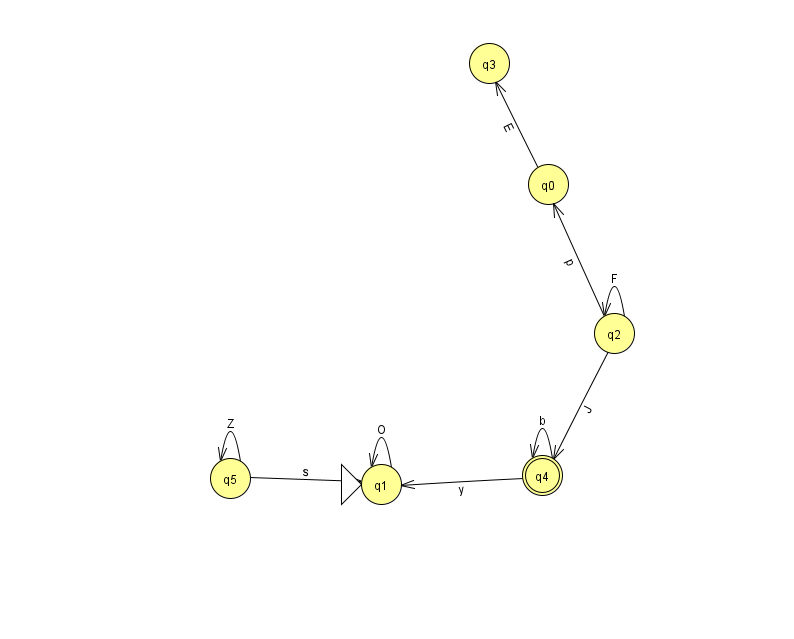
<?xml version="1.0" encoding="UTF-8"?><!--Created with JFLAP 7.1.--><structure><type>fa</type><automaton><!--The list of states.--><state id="0" name="q0"><x>548.0</x><y>171.0</y></state><state id="1" name="q1"><x>381.0</x><y>471.0</y><initial/></state><state id="2" name="q2"><x>614.0</x><y>320.0</y></state><state id="3" name="q3"><x>489.0</x><y>50.0</y></state><state id="4" name="q4"><x>542.0</x><y>462.0</y><final/></state><state id="5" name="q5"><x>230.0</x><y>465.0</y></state><!--The list of transitions.--><transition><from>4</from><to>4</to><read>b</read></transition><transition><from>2</from><to>2</to><read>F</read></transition><transition><from>2</from><to>0</to><read>p</read></transition><transition><from>4</from><to>1</to><read>y</read></transition><transition><from>0</from><to>3</to><read>E</read></transition><transition><from>5</from><to>1</to><read>s</read></transition><transition><from>5</from><to>5</to><read>Z</read></transition><transition><from>2</from><to>4</to><read>J</read></transition><transition><from>1</from><to>1</to><read>O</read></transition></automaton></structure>